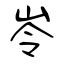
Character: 岺